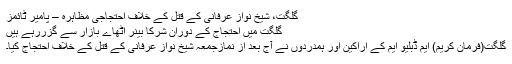
گلگت، شیخ نواز عرفانی کے قتل کے خلاف احتجاجی مظاہرہ – پامیر ٹائمز
گلگت میں احتجاج کے دوران شرکا بینر اٹھاے بازار سے گزررہے ہیں
گلگت(فرمان کریم) ایم ڈبلیو ایم کے اراکین اور ہمدردوں نے آج بعد از نمازجمعہ شیخ نواز عرفانی کے قتل کے خلاف احتجاج کیا۔